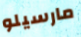
مارسيلو